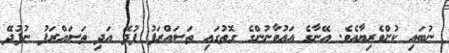
ނުބައި ކުށްވެރިޔާއެވެ. އޭނާގެ އައުވާނުންގެ ގޮތުގައި ތަސައްރަފު ފުދޭ އަދި ތަސައްރަފު ނުފުދޭ